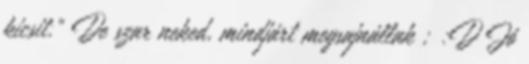
kicsit." De szar neked, mindjárt megsajnállak ; :D Jó